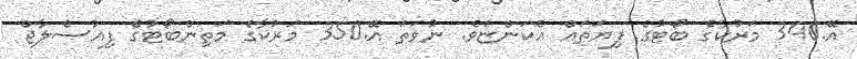
އޭ.340 މަރުކާގެ ބޯޓުގެ ފިޔަތައް އެކަންޏެވެ. ނުވަތަ އޭ.350 މަރުކާގެ މަތިންބޯޓުގެ ފިއުސެލާޖް